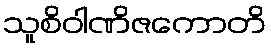
သူစိဝါဏိဇကောတိ